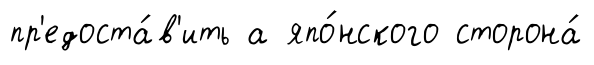
пр'едоста́в'ить а япо́нского сторона́